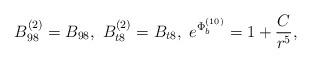
LaTeX: \begin{align*}B^{(2)}_{9 8} = B_{9 8},~B^{(2)}_{t 8} = B_{t 8}, ~e^{{\Phi}_b^{(10)}} = {{ 1 + {C\over r^5}}},\end{align*}